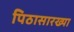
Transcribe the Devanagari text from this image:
पिठासारख्या